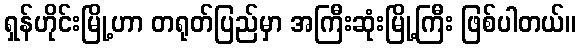
ရှန်ဟိုင်းမြို့ဟာ တရုတ်ပြည်မှာ အကြီးဆုံးမြို့ကြီး ဖြစ်ပါတယ်။